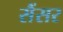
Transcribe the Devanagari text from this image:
सैंसर